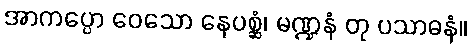
အာကပ္ပော ဝေသော နေပစ္ဆံ၊ မဏ္ဍနံ တု ပသာဓနံ။